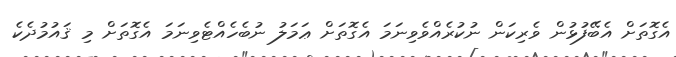
އެގޮތަށް އެބޭފުޅުން ވެރިކަން ނުކުރެއްވެވިނަމަ އެގޮތަށް ޢަމަލު ނުބެހެއްޓެވިނަމަ އެގޮތަށް މި ޤައުމުދެކެ